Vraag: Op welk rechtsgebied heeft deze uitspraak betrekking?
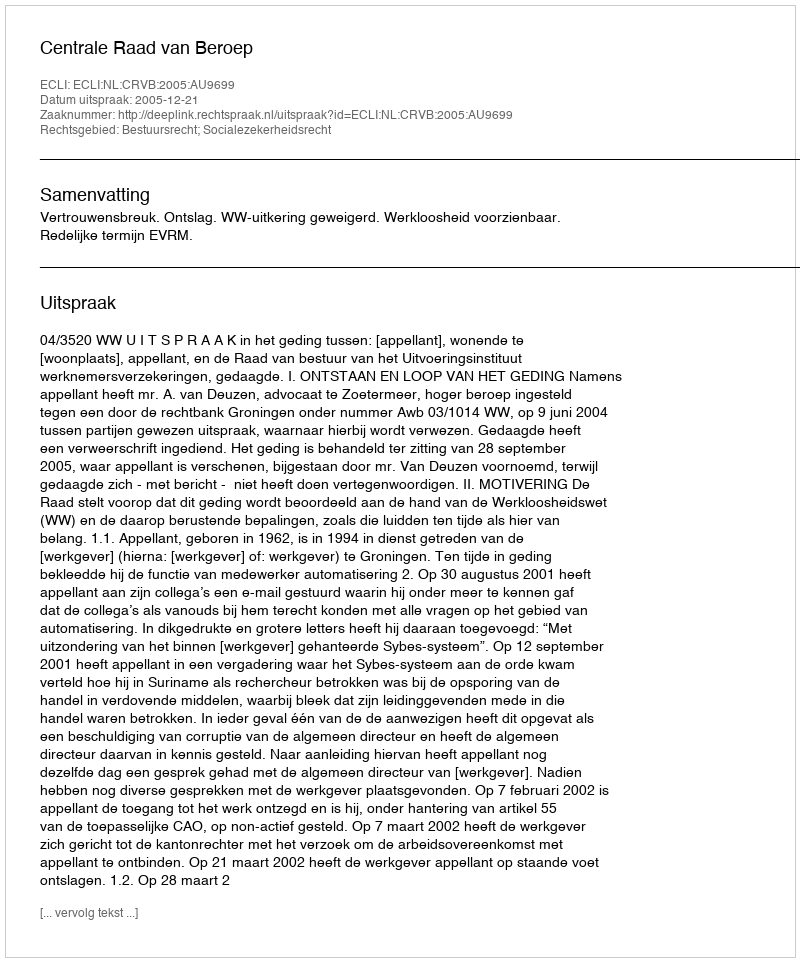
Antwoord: Bestuursrecht; Socialezekerheidsrecht